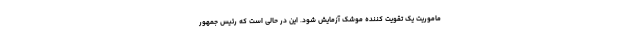
ماموریت یک تقویت کننده موشک آزمایش شود. این در حالی است که رئیس جمهور